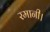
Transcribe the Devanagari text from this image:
रमानी।